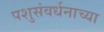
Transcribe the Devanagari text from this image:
पशुसंवर्धनाच्या